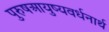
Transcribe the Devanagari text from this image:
पुरुषआयुष्यवर्धनार्थ